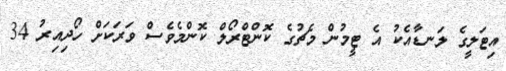
އިޓަލީގެ ލަނޑާއެކު އެ ޓީމުން މެޗުގެ ކޮންޓްރޯލް ކޮންމެވެސް ވަރަކަށް ހޯދިއިރު 34